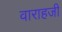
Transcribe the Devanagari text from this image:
वाराहजी